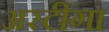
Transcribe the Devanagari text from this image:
अरटीगा